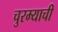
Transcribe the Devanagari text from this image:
चुरम्याची